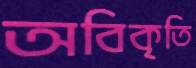
অবিকৃতি